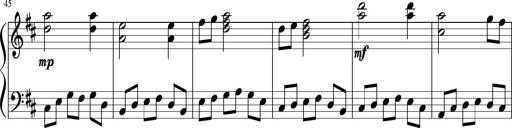
Title: Sonatine Nr.1 in C-Dur
Composer: DÃ©sirÃ©e Manns
Key: C major